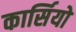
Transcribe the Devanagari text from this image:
कार्सियो